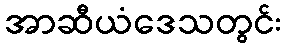
အာဆီယံဒေသတွင်း